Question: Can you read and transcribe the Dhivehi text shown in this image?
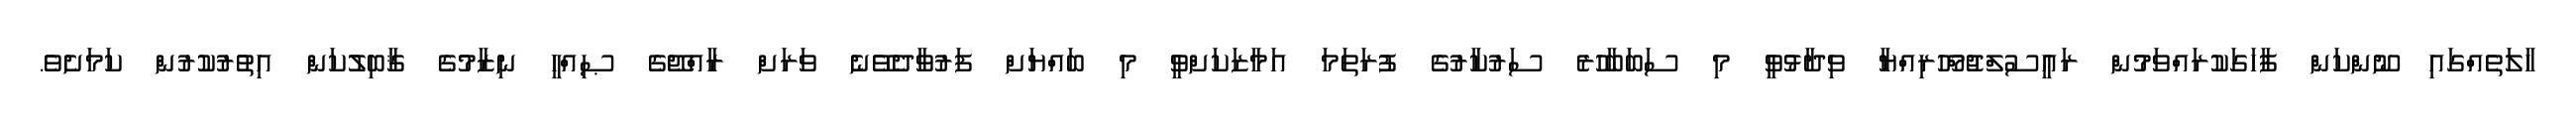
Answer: ހާލަތެއްގައި ނޫންކަން ފާހަގަކުރައްވަމުން ރައީސުލްޖުމްހޫރިއްޔާ ވިދާޅުވީ މި ސަބަބާހުރެ ސަރުކާރުގެ ފުރަތަމަ އަމާޒަކަށްވީ މި ބައްޔަށް ފަރުވާދެވޭނެ ވަރަށް ރާއްޖޭގެ ޞިއްހީ ނިޒާމުގެ ޤާބިލުކަން އިތުރުކުރުން ކަމަށެވެ.